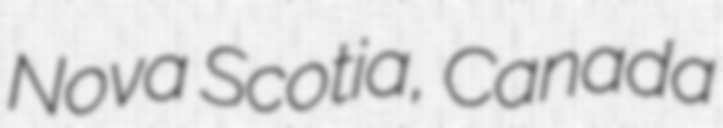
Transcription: Nova Scotia, Canada